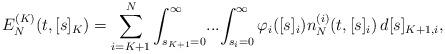
LaTeX: \begin{align*}E_N^{(K)}(t,[s]_K) = \sum_{i=K+1}^N \int_{s_{K+1}=0}^\infty \! ... \! \int_{s_{i}=0}^\infty \varphi_i([s]_i) n_N^{(i)} (t, [s]_i) \,d[s]_{K+1, i} , \end{align*}